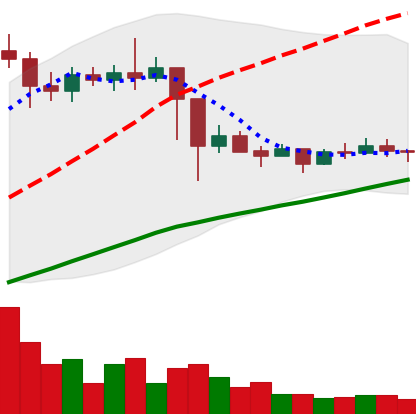
Ticker: ETC-USD
Chart end date: 2021-03-05
Forward return: 9.531%
Label: up_7plus